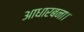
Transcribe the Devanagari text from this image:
आधारबना।